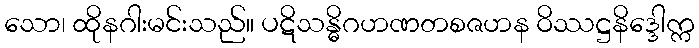
သော၊ ထိုနဂါးမင်းသည်။ ပဋိသန္ဓိဂဟဏတစဇဟန ဝိဿဋ္ဌနိဒ္ဒေါက္က